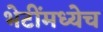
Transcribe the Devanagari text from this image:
भेटींमध्येच